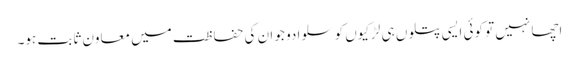
اچھا نہیں تو کوئی ایسی پتلوں ہی لڑکیوں کو سلوا دو جو ان کی حفا ظت میں معاون ثابت ہو۔